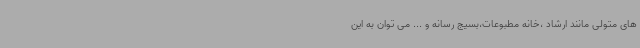
های متولی مانند ارشاد ،خانه مطبوعات،بسیج رسانه و ... می توان به این